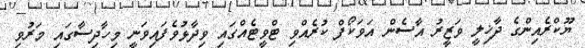
ޔޫކްރެއިންގެ ދާޚިލީ ވަޒީރު އާސެން އަވަކޯފް ކުރެއްވި ޓްވީޓެއްގައި ވިދާޅުވެފައިވަނީ މިހާދިސާގައި މަރުވި